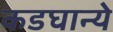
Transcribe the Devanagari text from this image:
कडघान्ये